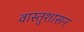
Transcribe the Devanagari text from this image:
वास्तुशासन